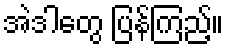
အဲဒါတွေ ပြန်ကြည့်။